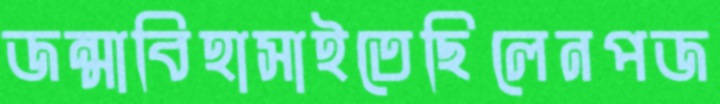
জন্মাবিহাসাইতেছিলেনপজ